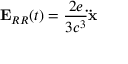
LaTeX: \mathbf { E } _ { R R } ( t ) = { \frac { 2 e } { 3 c ^ { 3 } } } \mathbf { \ddot { x } }